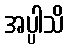
အပ္ပါသိ